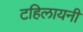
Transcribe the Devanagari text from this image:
टहिलायनी